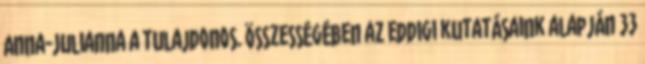
Anna-Julianna a tulajdonos. Összességében az eddigi kutatásaink alapján 33